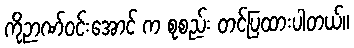
ကိုဉာဏ်ဝင်းအောင် က စုစည်း တင်ပြထားပါတယ်။